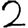
Digit: 2